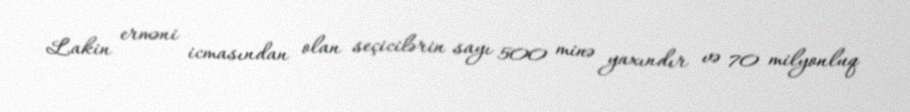
Lakin erməni icmasından olan seçicilərin sayı 500 minə yaxındır və 70 milyonluq